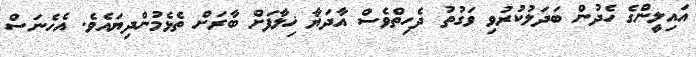
އަައިލީންގެ ހެދުން ބަދަލުކުރުވި ވަގުތު ދެހިތްވެސް އާދަޔާ ޚިލާފަށް ބާރަށް ތެޅެމުންދިޔައެވެ. އެހެނަސް